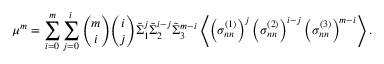
\mu ^ { m } = \sum _ { i = 0 } ^ { m } \sum _ { j = 0 } ^ { i } \binom { m } { i } \binom { i } { j } \tilde { \Sigma } _ { 1 } ^ { j } \tilde { \Sigma } _ { 2 } ^ { i - j } \tilde { \Sigma } _ { 3 } ^ { m - i } \left\langle \left( \sigma _ { n n } ^ { ( 1 ) } \right) ^ { j } \left( \sigma _ { n n } ^ { ( 2 ) } \right) ^ { i - j } \left( \sigma _ { n n } ^ { ( 3 ) } \right) ^ { m - i } \right\rangle .